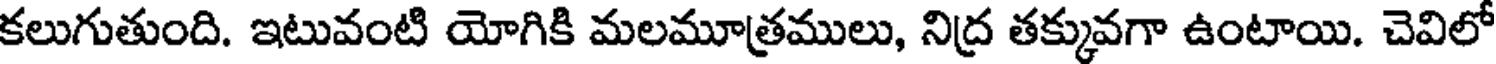
కలుగుతుంది. ఇటువంటి యోగికి మలమూత్రములు, నిద్ర తక్కువగా ఉంటాయి. చెవిలో